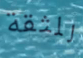
للثقة